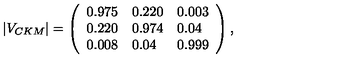
| V _ { C K M } | = \left( \begin{array} { l l l } { 0 . 9 7 5 } & { 0 . 2 2 0 } & { 0 . 0 0 3 } \\ { 0 . 2 2 0 } & { 0 . 9 7 4 } & { 0 . 0 4 } \\ { 0 . 0 0 8 } & { 0 . 0 4 } & { 0 . 9 9 9 } \\ \end{array} \right) ,